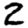
Digit: 2